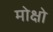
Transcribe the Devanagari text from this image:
मोक्षो